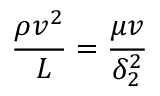
{ \frac { \rho v ^ { 2 } } { \ L } } = { \frac { \mu v } { \delta _ { 2 } ^ { 2 } } }